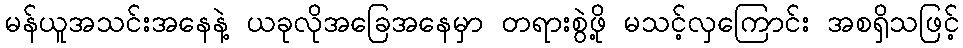
မန်ယူအသင်းအနေနဲ့ ယခုလိုအခြေအနေမှာ တရားစွဲဖို့ မသင့်လှကြောင်း အစရှိသဖြင့်